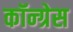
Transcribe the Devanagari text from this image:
कॉन्‍ग्रेस